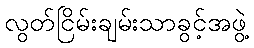
လွတ်ငြိမ်းချမ်းသာခွင့်အဖွဲ့